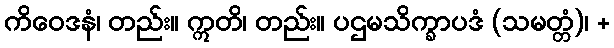
ကိဝေဒနံ၊ တည်း။ ဣတိ၊ တည်း။ ပဌမသိက္ခာပဒံ (သမတ္တံ)၊ +